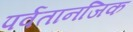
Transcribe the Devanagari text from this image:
पर्वतानजिक